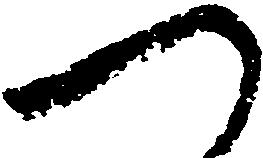
つ